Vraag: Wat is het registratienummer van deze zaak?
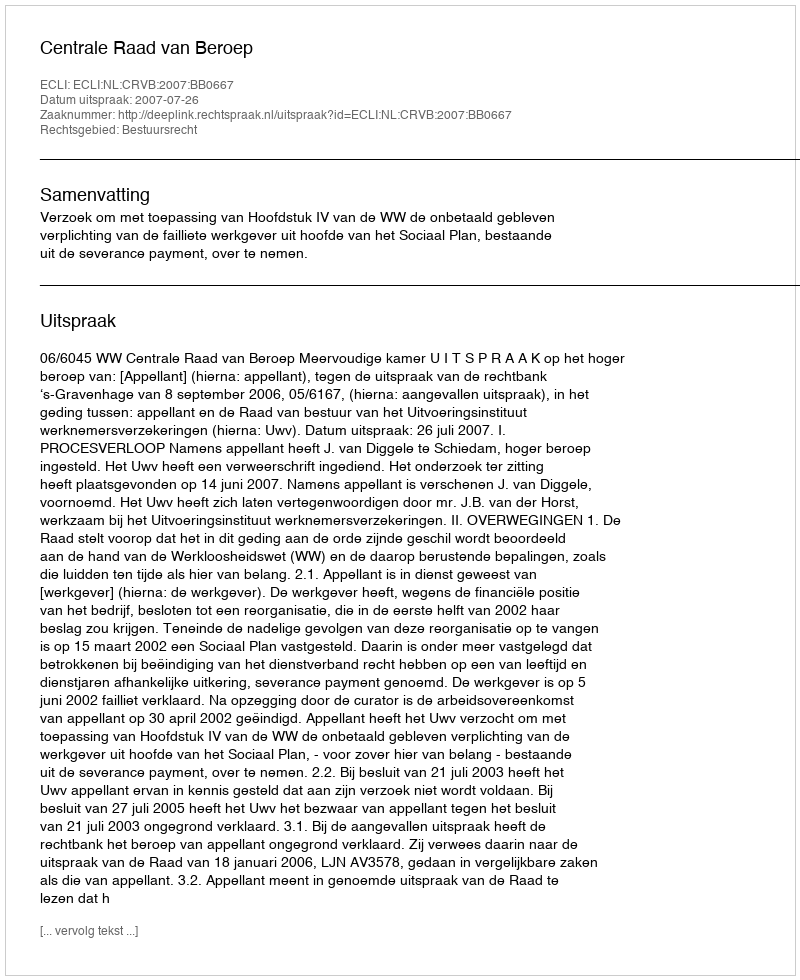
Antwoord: http://deeplink.rechtspraak.nl/uitspraak?id=ECLI:NL:CRVB:2007:BB0667